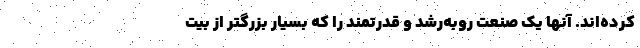
کرده‌اند. آنها یک صنعت روبه‌رشد و قدرتمند را که بسیار بزرگتر از بیت